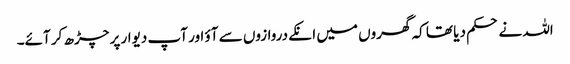
اللہ نے حکم دیا تھا کہ گھروں میں انکے دروازوں سے آؤ اور آپ دیوار پر چڑھ کر آئے۔